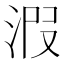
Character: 𣴫